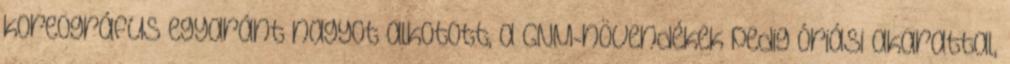
koreográfus egyaránt nagyot alkotott, a GNM-növendékek pedig óriási akarattal,